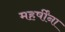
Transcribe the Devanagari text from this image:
महर्षींना